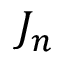
J _ { n }